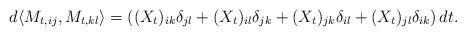
LaTeX: \begin{align*}d{\langle}M_{t,ij}, M_{t,kl}{\rangle}=\left((X_t)_{ik}\delta_{jl}+(X_t)_{il}\delta_{jk}+(X_t)_{jk}\delta_{il}+(X_t)_{jl}\delta_{ik}\right)dt.\end{align*}